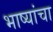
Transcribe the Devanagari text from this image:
भाष्यांचा